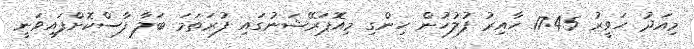
މިއަދު ހަވީރު 17:45 ހާއިރު ފުލުހުން ހިންގި މިއޮޕަރޭޝަނުގައި ފުރަތަމަ ބަލާ ފާސްކޮށްފައިވަނީ